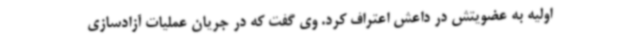
اولیه به عضویتش در داعش اعتراف کرد. وی گفت که در جریان عملیات آزادسازی